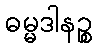
ဓမ္မဒါနဉ္စ